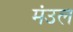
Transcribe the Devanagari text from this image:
मंउल